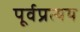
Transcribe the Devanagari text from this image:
पूर्वप्रत्यय